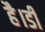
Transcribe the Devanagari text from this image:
है।डी